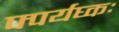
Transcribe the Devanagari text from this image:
फ्पर्यघ्कः